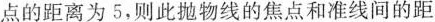
点的距离为5，则此抛物线的焦点和准线间的距